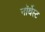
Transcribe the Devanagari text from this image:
नॉर्थेस्ट